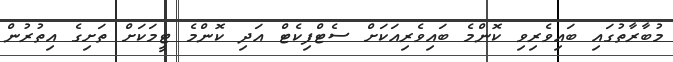
މުބާރާތުގައި ބައިވެރިވި ކޮންމެ ބައިވެރިއަކަށް ސެޓްފިކެޓް އަދި ކޮންމެ ޓީމަކަށް ތަށިގެ އިތުރުން